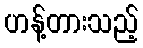
ဟန့်တားသည့်